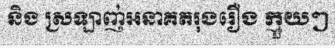
និង ស្រឡាញ់អនាគតរុងរឿង ក្មួយៗ